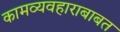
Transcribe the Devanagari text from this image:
कामव्यवहाराबाबत